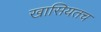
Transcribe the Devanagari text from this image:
खासियतच